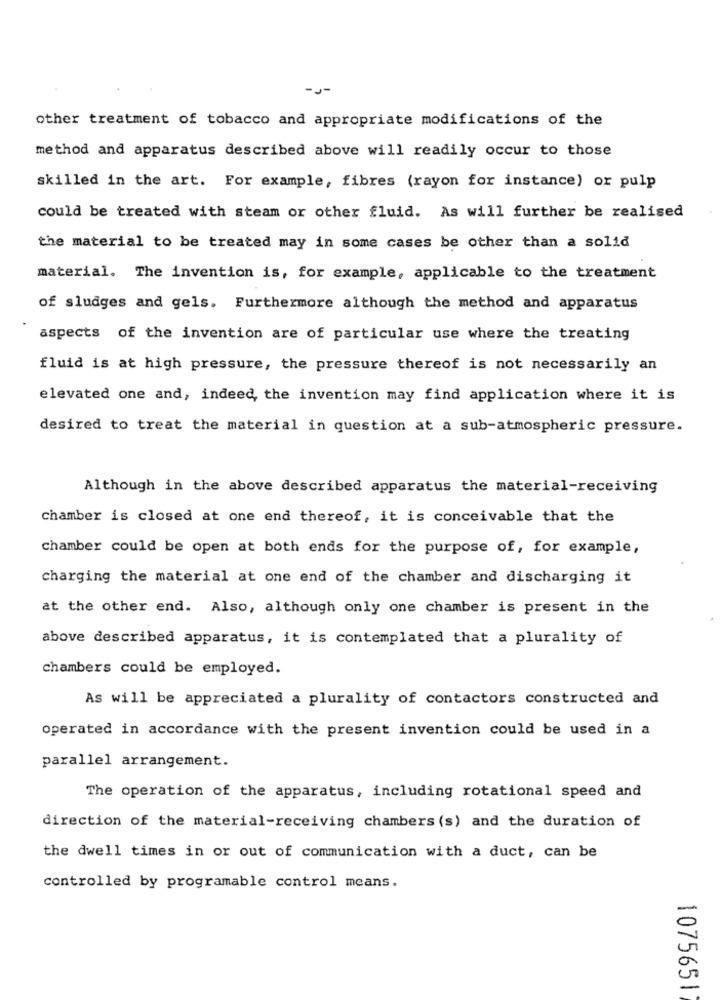
-J-
other treatment of tobacco and appropriate modifications of the
method and apparatus described above will readily occur to those
skilled in the art. For example, fibres (rayon for instance) or pulp
could be treated with steam or other fluid. As will further be realised
the material to be treated may in some cases be other than a solid
material. The invention is, for example, applicable to the treatment
of sludges and gels. Furthermore although the method and apparatus
aspects of the invention are of particular use where the treating
fluid is at high pressure, the pressure thereof is not necessarily an
elevated one and, indeed, the invention may find application where it is
desired to treat the material in question at a sub-atmospheric pressure.
Although in the above described apparatus the material-receiving
chamber is closed at one end thereof, it is conceivable that the
chamber could be open at both ends for the purpose of, for example,
charging the material at one end of the chamber and discharging it
at the other end. Also, although only one chamber is present in the
above described apparatus, it is contemplated that a plurality of
chambers could be employed.
As will be appreciated a plurality of contactors constructed and
operated in accordance with the present invention could be used in a
parallel arrangement.
The operation of the apparatus, including rotational speed and
direction of the material-receiving chambers (s) and the duration of
the dwell times in or out of communication with a duct, can be
controlled by programable control means.
1075651